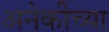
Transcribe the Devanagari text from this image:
अनेकींच्या